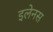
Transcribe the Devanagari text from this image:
इलेनस